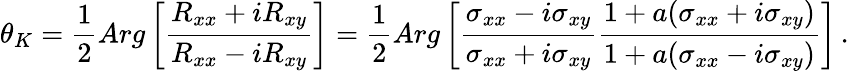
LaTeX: \theta_{K}=\frac{1}{2}Arg\left[\frac{R_{xx}+iR_{xy}}{R_{xx}-iR_{xy}}\right]=\frac{1}{2}Arg\left[\frac{\sigma_{xx}-i\sigma_{xy}}{\sigma_{xx}+i\sigma_{xy}}\frac{1+a(\sigma_{xx}+i\sigma_{xy})}{1+a(\sigma_{xx}-i\sigma_{xy})}\right]\, .